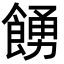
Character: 𩜳